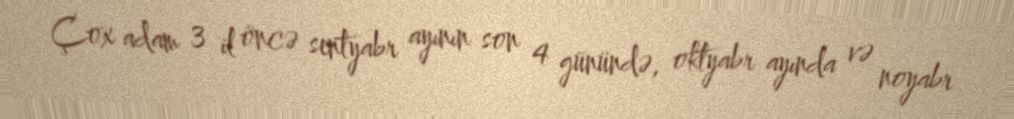
Çox adam 3 il öncə sentyabr ayının son 4 günündə, oktyabr ayında və noyabr